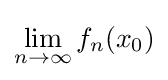
\lim _{n\to \infty }f_{n}(x_{0})